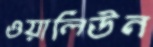
ওয়ালিউন